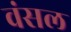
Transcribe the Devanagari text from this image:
वंसल